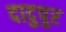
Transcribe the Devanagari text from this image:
दादुपुर